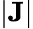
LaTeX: |\mathbf{J}|